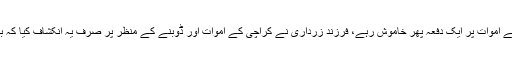
ان کا مزید کہنا تھا جانشین زرداری کراچی کے بارشوں میں مرنے والے اموات پر ایک دفعہ پھر خاموش رہے، فرزند زرداری نے کراچی کے اموات اور ڈوبنے کے منظر پر صرف یہ انکشاف کیا کہ بارش آتا ہے تو پانی آتا ہے اور زیادہ بارش آتا ہے تو زیادہ پانی آتا ہے۔